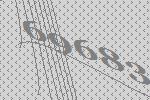
69683